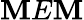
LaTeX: \mathbf{M}E\mathbf{M}